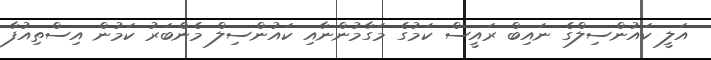
އަލީ ކައުންސިލްގެ ނައިބް ރައީސް ކަމުގެ މަގާމުންނާއި ކައުންސިލް މެންބަރު ކަމުން އިސްތިއުފާ